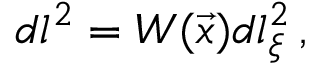
d l ^ { 2 } = W ( \vec { x } ) d l _ { \xi } ^ { 2 } \, ,